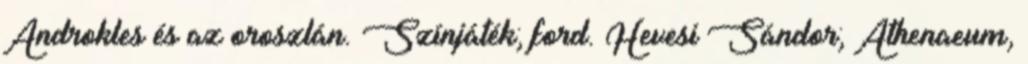
Androkles és az oroszlán. Színjáték; ford. Hevesi Sándor; Athenaeum,